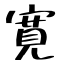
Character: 寛